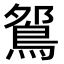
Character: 𫚹